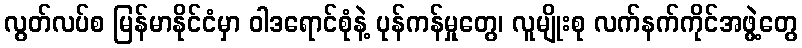
လွတ်လပ်စ မြန်မာနိုင်ငံမှာ ဝါဒရောင်စုံနဲ့ ပုန်ကန်မှုတွေ၊ လူမျိုးစု လက်နက်ကိုင်အဖွဲ့တွေ